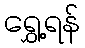
ရွှေ့ရန်